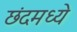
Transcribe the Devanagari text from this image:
छंदमध्ये